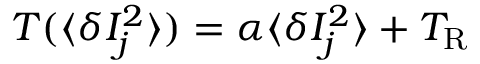
T ( \langle \delta I _ { j } ^ { 2 } \rangle ) = \alpha \langle \delta I _ { j } ^ { 2 } \rangle + T _ { \mathrm { R } }